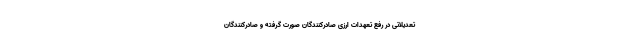
تعدیلاتی در رفع تعهدات ارزی صادرکنندگان صورت گرفته و صادرکنندگان